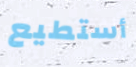
أستطيع